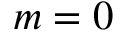
m = 0